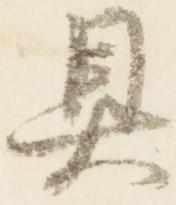
具